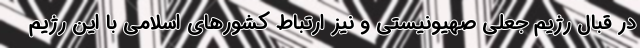
در قبال رژیم جعلی صهیونیستی و نیز ارتباط کشورهای اسلامی با این رژیم